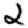
Digit: 2